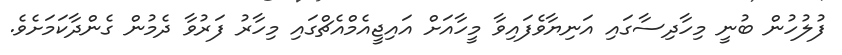
ފުލުހުން ބުނީ މިހާދިސާގައި އަނިޔާވެފައިވާ މީހާއަށް އައިޖީއެމްއެޗްގައި މިހާރު ފަރުވާ ދެމުން ގެންދާކަމަށެވެ.